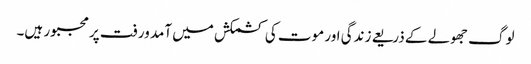
لوگ جھولے کے ذریعے زندگی اور موت کی کشمکش میں آمد ورفت پر مجبور ہیں۔